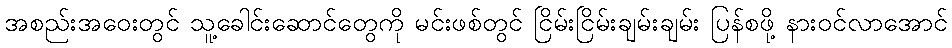
အစည်းအဝေးတွင် သူ့ခေါင်းဆောင်တွေကို မင်းဖစ်တွင် ငြိမ်းငြိမ်းချမ်းချမ်း ပြန်စဖို့ နားဝင်လာအောင်